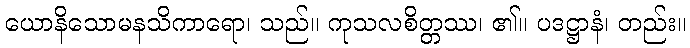
ယောနိသောမနသိကာရော၊ သည်။ ကုသလစိတ္တဿ၊ ၏။ ပဒဋ္ဌာနံ၊ တည်း။